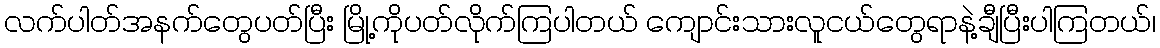
လက်ပါတ်အနက်တွေပတ်ပြီး မြို့ကိုပတ်လိုက်ကြပါတယ် ကျောင်းသားလူငယ်တွေရာနဲ့ချီပြီးပါကြတယ်၊